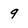
Character: 9